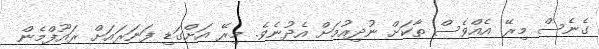
ގެނެސް މިރޭ އެއްވެސް ތާކަށް ނުދިއުމަށް އެދުނެވެ. މިރޭ އަށްގަޑި ފަނަރައަށް ރައޫފްމެން